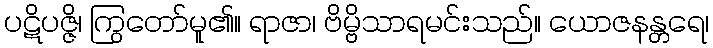
ပဋိပဇ္ဇိ၊ ကြွတော်မူ၏။ ရာဇာ၊ ဗိမ္ဗိသာရမင်းသည်။ ယောဇနန္တရေ၊